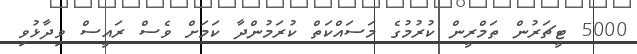
5000 ޓީޗަރުން ތަމްރީން ކުރުމުގެ މަސައްކަތް ކުރަމުންދާ ކަމަށް ވެސް ރައީސް ވިދާޅުވި